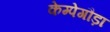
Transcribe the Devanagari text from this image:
केम्पेगौड़ा